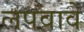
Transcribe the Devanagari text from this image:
लपवावे